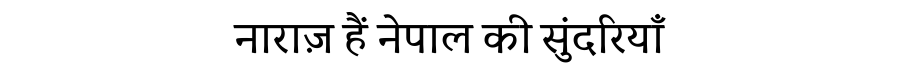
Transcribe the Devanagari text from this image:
नाराज़ हैं नेपाल की सुंदरियाँ